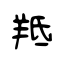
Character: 羝